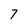
Character: 7